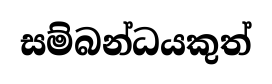
සම්බන්ධයකුත්